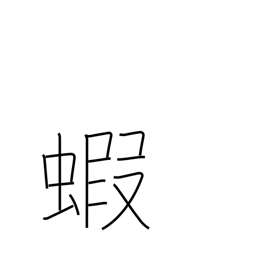
Meaning: prawn